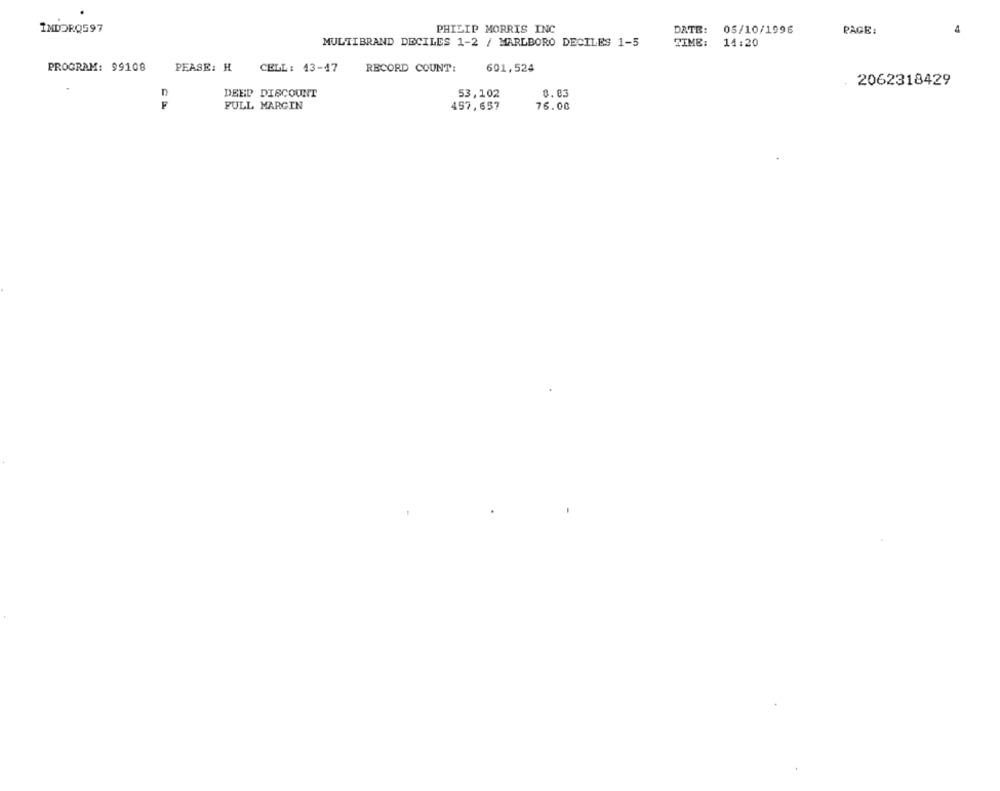
INDORQ597
PHILIP MORRIS INC
DATE:
05/10/1996
PAGE:
4
MULTIBRAND DECILES 1-2 / MARLBORO DECILES 1-5
TIME:
14:20
PROGRAM: 99108
PEASE: H
CELL: 43-47
RECORD COUNT:
601,524
2062318429
DEED DISCOUNT
53,102
8.03
F
FULL MARGIN
457,657
76.00